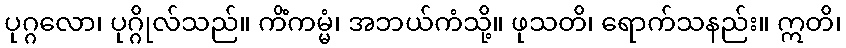
ပုဂ္ဂလော၊ ပုဂ္ဂိုလ်သည်။ ကိံကမ္မံ၊ အဘယ်ကံသို့။ ဖုသတိ၊ ရောက်သနည်း။ ဣတိ၊